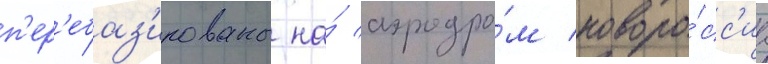
п'ер'ебаз'ированы на́ аэродро́м новоро́сс'иа